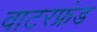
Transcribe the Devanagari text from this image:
वाटरफ्रंड